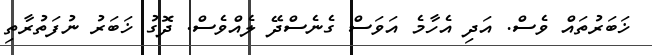
ޚަބަރުތައް ވެސް. އަދި އެހާމެ އަވަސް ގެނެސްދޭ ލެއްވެސް. ދޮގު ޚަބަރު ނުފަތުރާތި